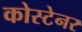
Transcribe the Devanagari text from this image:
कोस्टेनर